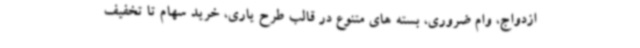
ازدواج، وام ضروری، بسته های متنوع در قالب طرح یاری، خرید سهام تا تخفیف